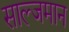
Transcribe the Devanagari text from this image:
साल्जमान